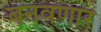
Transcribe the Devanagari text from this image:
बनवणार